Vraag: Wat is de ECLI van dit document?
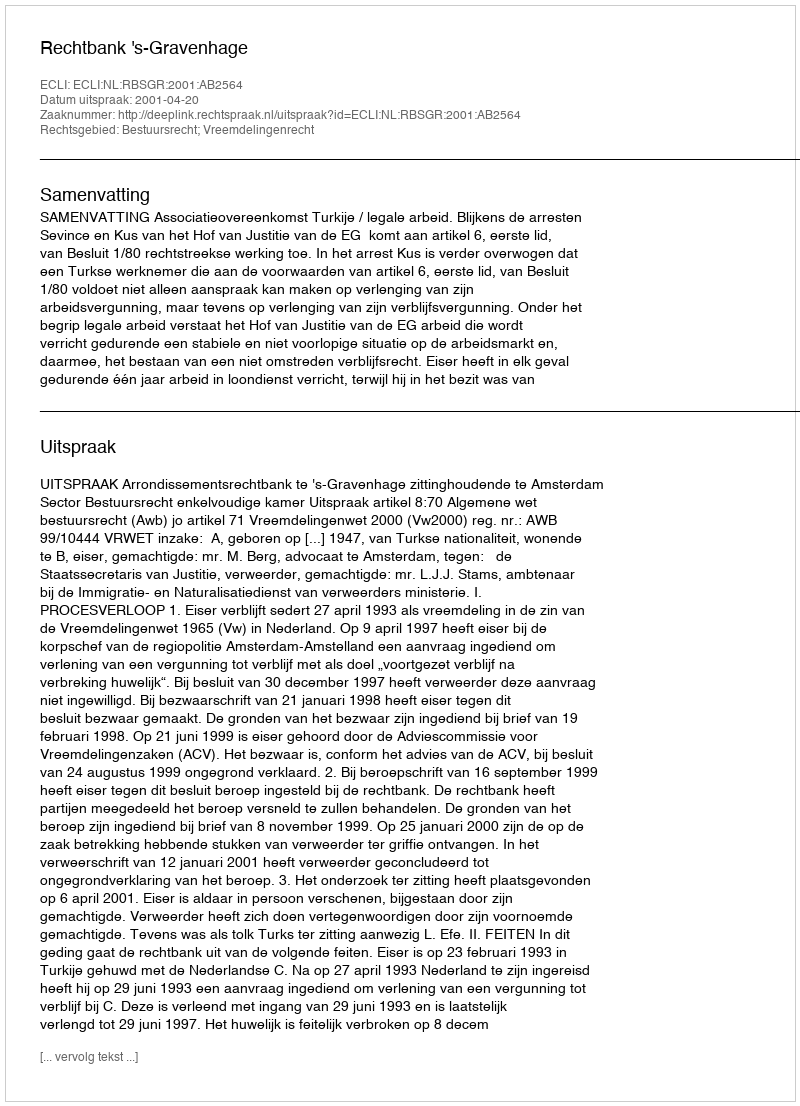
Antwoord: ECLI:NL:RBSGR:2001:AB2564